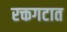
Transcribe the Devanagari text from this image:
रक्तगटात